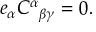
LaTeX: e _ { \alpha } C ^ { \alpha } { } _ { \beta \gamma } = 0 .